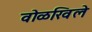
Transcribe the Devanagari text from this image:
वोळखिले